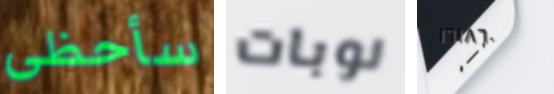
سأحظى نوبات ١٦١٨٦٠